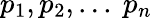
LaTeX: p_{1},p_{2},...\mathrm{~}p_{n}